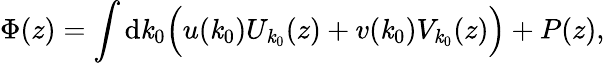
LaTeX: \Phi(z)=\int\mathrm{d}\mathit{k}_{0}\Bigl(u(\mathit{k}_{0})U_{\mathit{k}_{0}}(z)+v(\mathit{k}_{0})V_{\mathit{k}_{0}}(z)\Bigr)+P(z),